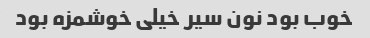
خوب بود نون سیر خیلی خوشمزه بود